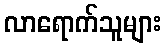
လာရောက်သူများ